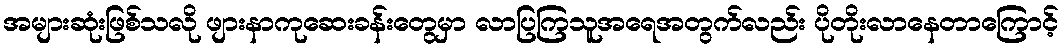
အများဆုံးဖြစ်သလို ဖျားနာကုဆေးခန်းတွေမှာ လာပြကြသူအရေအတွက်လည်း ပိုတိုးလာနေတာကြောင့်